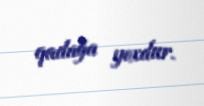
qadağa yoxdur.